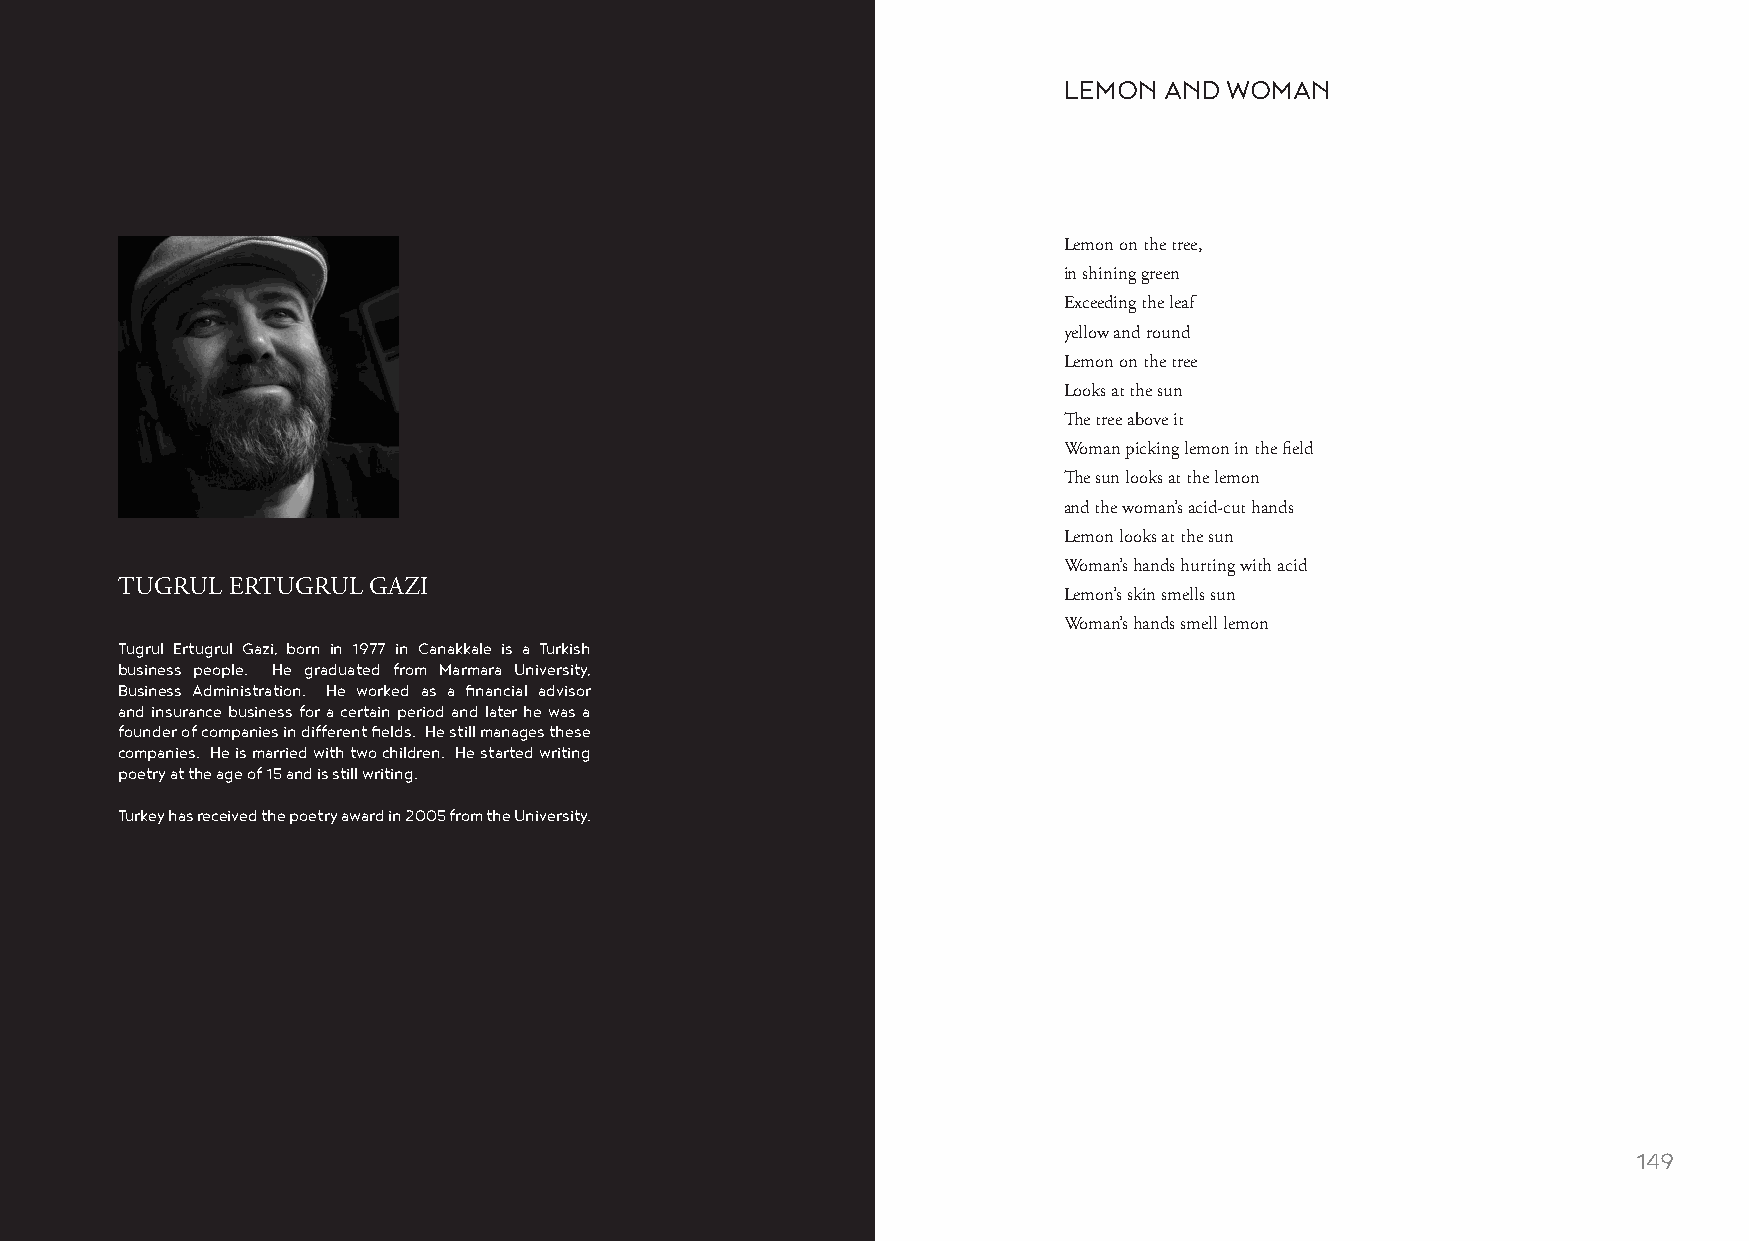
LEMON  AND WOMAN
 Lemon on the tree,
 in shining green
 Exceeding the leaf
 yellow and round
 Lemon on the tree
 Looks at the sun
 The tree above it
 Woman picking lemon in the field
 The sun looks at the lemon
 and the woman’s acid-cut hands
 Lemon looks at the sun
 Woman’s hands hurting with acid
 TUGRUL ERTUGRUL GAZI
 Lemon’s skin smells sun
 Woman’s hands smell lemon
 Tugrul Ertugrul Gazi, born in 1977 in Canakkale is a Turkish
 business people. He graduated from Marmara University,
 Business Administration. He worked as a financial advisor
 and insurance business for a certain period and later he was a
 founder of companies in different fields. He still manages these
 companies. He is married with two children. He started writing
 poetry at the age of 15 and is still writing.
 Turkey has received the poetry award in 2005 from the University.
 148                                                                                                    149